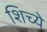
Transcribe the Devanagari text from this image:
शिच्ये